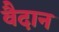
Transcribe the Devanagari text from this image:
वैदान